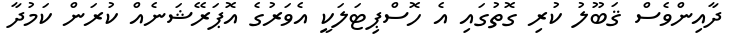
ދާއިންވެސް ޤަބޫލު ކުރި ގޮތުގައި އެ ހޮސްޕިޓަލަކީ އެވަރުގެ އޮޕަރޭޝަނެއް ކުރަން ކަމުދާ